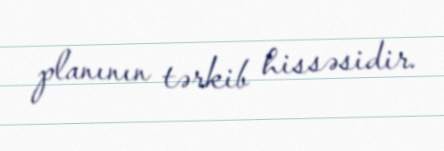
planının tərkib hissəsidir.